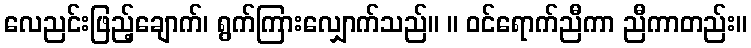
လေညင်းဖြည့်ချောက်၊ ရွက်ကြားလျှောက်သည်။ ။ ဝင်ရောက်ညီကာ ညီကာတည်း။